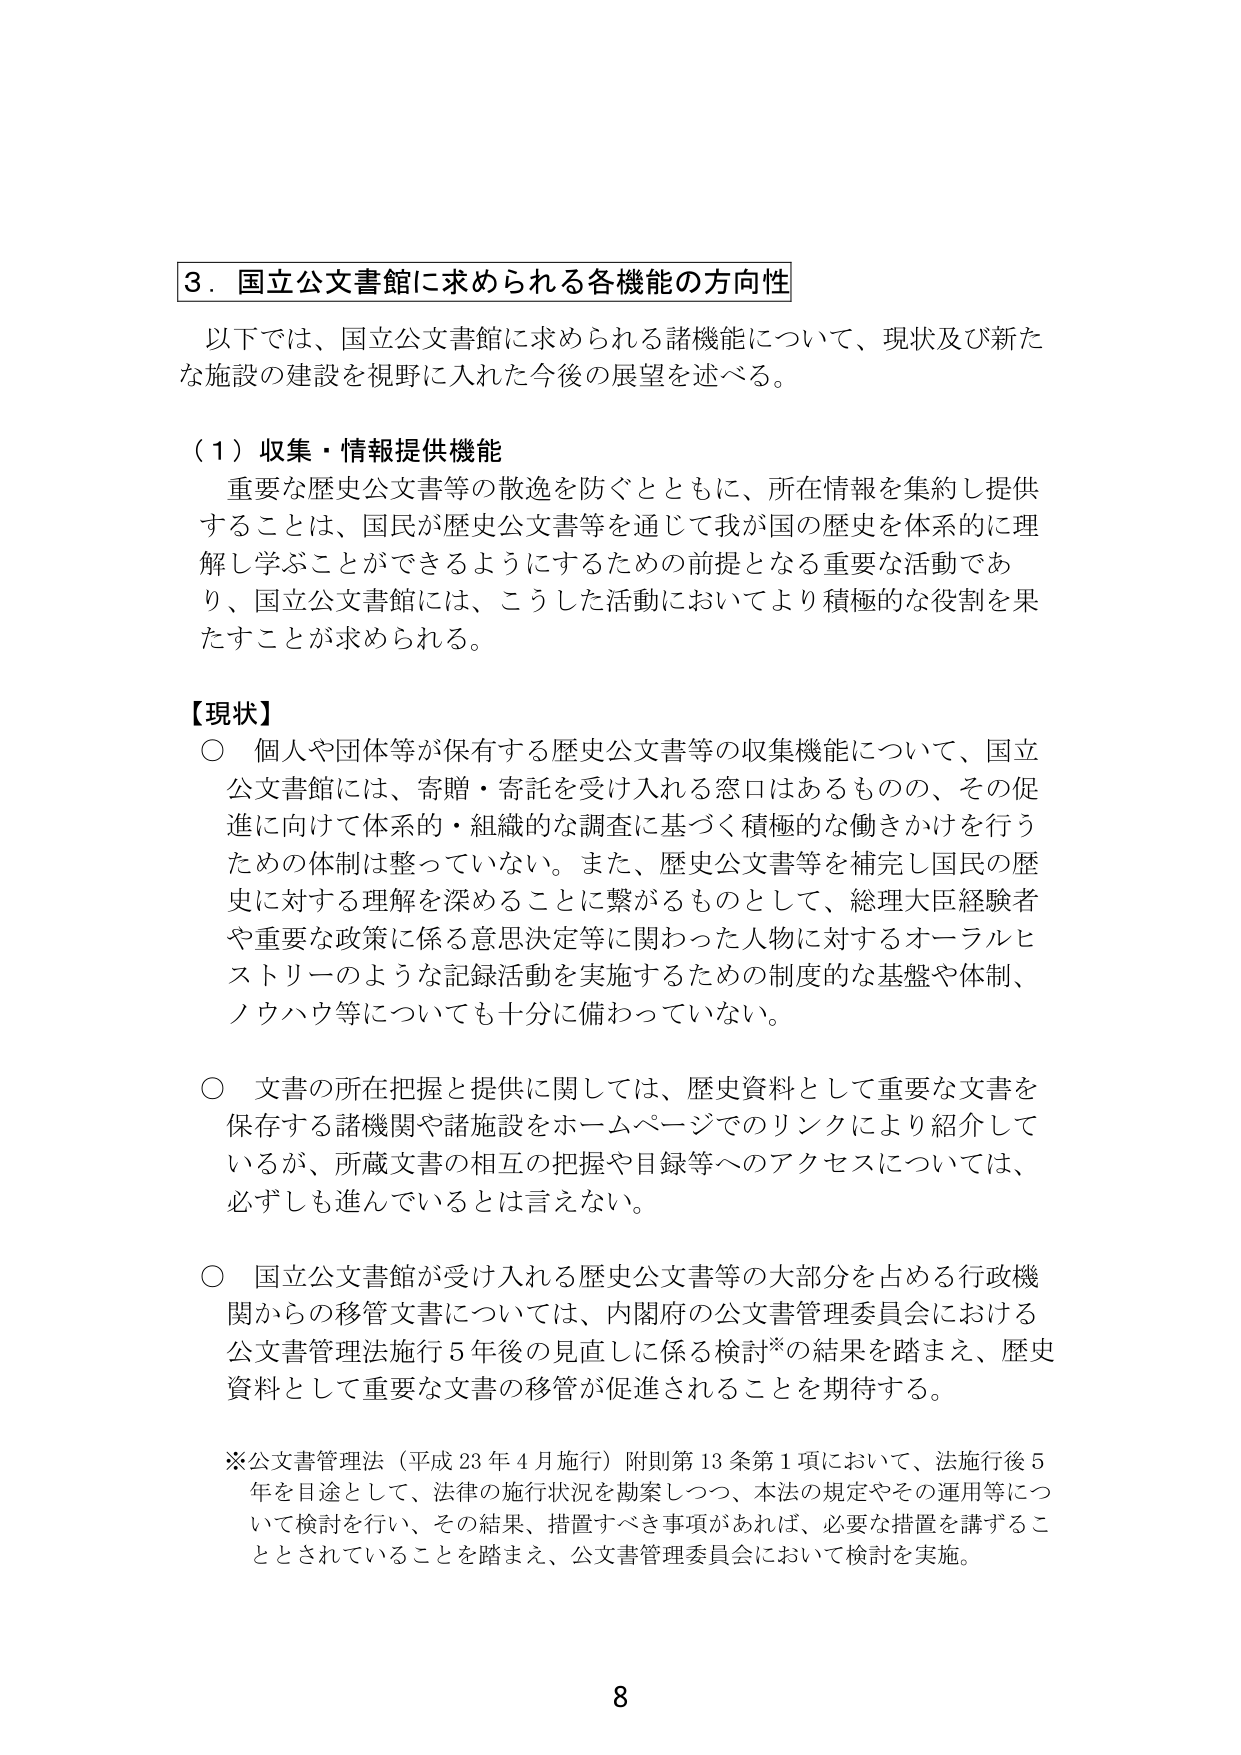
３．国立公文書館に求められる各機能の方向性

以下では、国立公文書館に求められる諸機能について、現状及び新たな施設の建設を視野に入れた今後の展望を述べる。

（１）収集・情報提供機能

重要な歴史公文書等の散逸を防ぐとともに、所在情報を集約し提供することは、国民が歴史公文書等を通じて我が国の歴史を体系的に理解し学ぶことができるようにするための前提となる重要な活動であり、国立公文書館には、こうした活動においてより積極的な役割を果たすことが求められる。

【現状】

○ 個人や団体等が保有する歴史公文書等の収集機能について、国立公文書館には、寄贈・寄託を受け入れる窓口はあるものの、その促進に向けて体系的・組織的な調査に基づく積極的な働きかけを行うための体制は整っていない。また、歴史公文書等を補完し国民の歴史に対する理解を深めることに繋がるものとして、総理大臣経験者や重要な政策に係る意思決定等に関わった人物に対するオーラルヒストリーのような記録活動を実施するための制度的な基盤や体制、ノウハウ等についても十分に備わっていない。

○ 文書の所在把握と提供に関しては、歴史資料として重要な文書を保存する諸機関や諸施設をホームページでのリンクにより紹介しているが、所蔵文書の相互の把握や目録等へのアクセスについては、必ずしも進んでいるとは言えない。

○ 国立公文書館が受け入れる歴史公文書等の大部分を占める行政機関からの移管文書については、内閣府の公文書管理委員会における公文書管理法施行５年後の見直しに係る検討※の結果を踏まえ、歴史資料として重要な文書の移管が促進されることを期待する。

※公文書管理法（平成23年4月施行）附則第13条第1項において、法施行後5年を目途として、法律の施行状況を勘案しつつ、本法の規定やその運用等について検討を行い、その結果、措置すべき事項があれば、必要な措置を講ずることとされていることを踏まえ、公文書管理委員会において検討を実施。

8